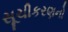
સૂચીકરણનો